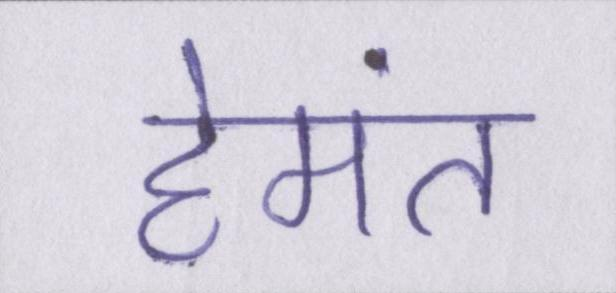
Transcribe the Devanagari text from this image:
हेमंत